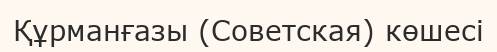
Құрманғазы (Советская) көшесі